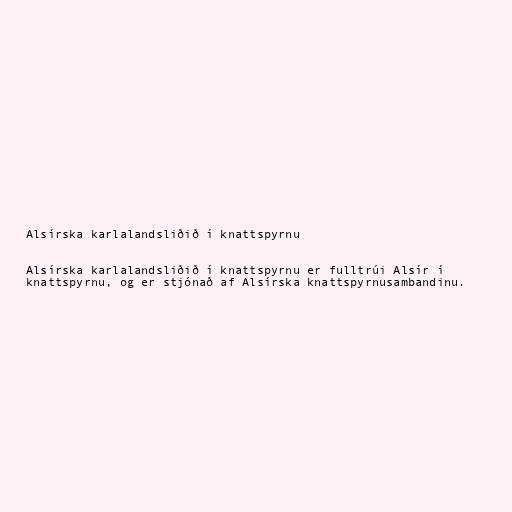
Alsírska karlalandsliðið í knattspyrnu

Alsírska karlalandsliðið í knattspyrnu er fulltrúi Alsír í
knattspyrnu, og er stjónað af Alsírska knattspyrnusambandinu.